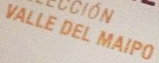
VALLE DEL MAIPO